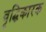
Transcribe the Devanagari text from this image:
वृद्धिकारक